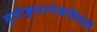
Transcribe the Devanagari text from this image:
स्वीकृतानेकविग्रह